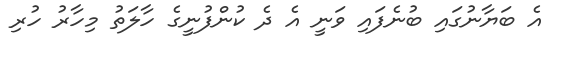
އެ ބަޔާނުގައި ބުނެފައި ވަނީ އެ ދެ ކުންފުނީގެ ހާލަތު މިހާރު ހުރި